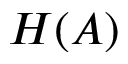
H ( A )